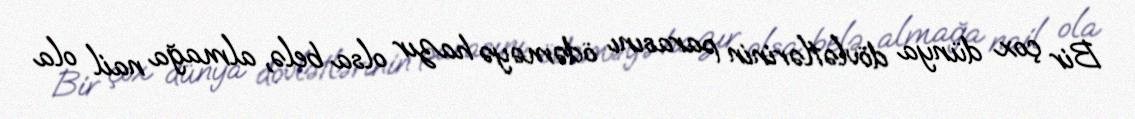
Bir çox dünya dövlətlərinin parasını ödəməyə hazır olsa belə, almağa nail ola